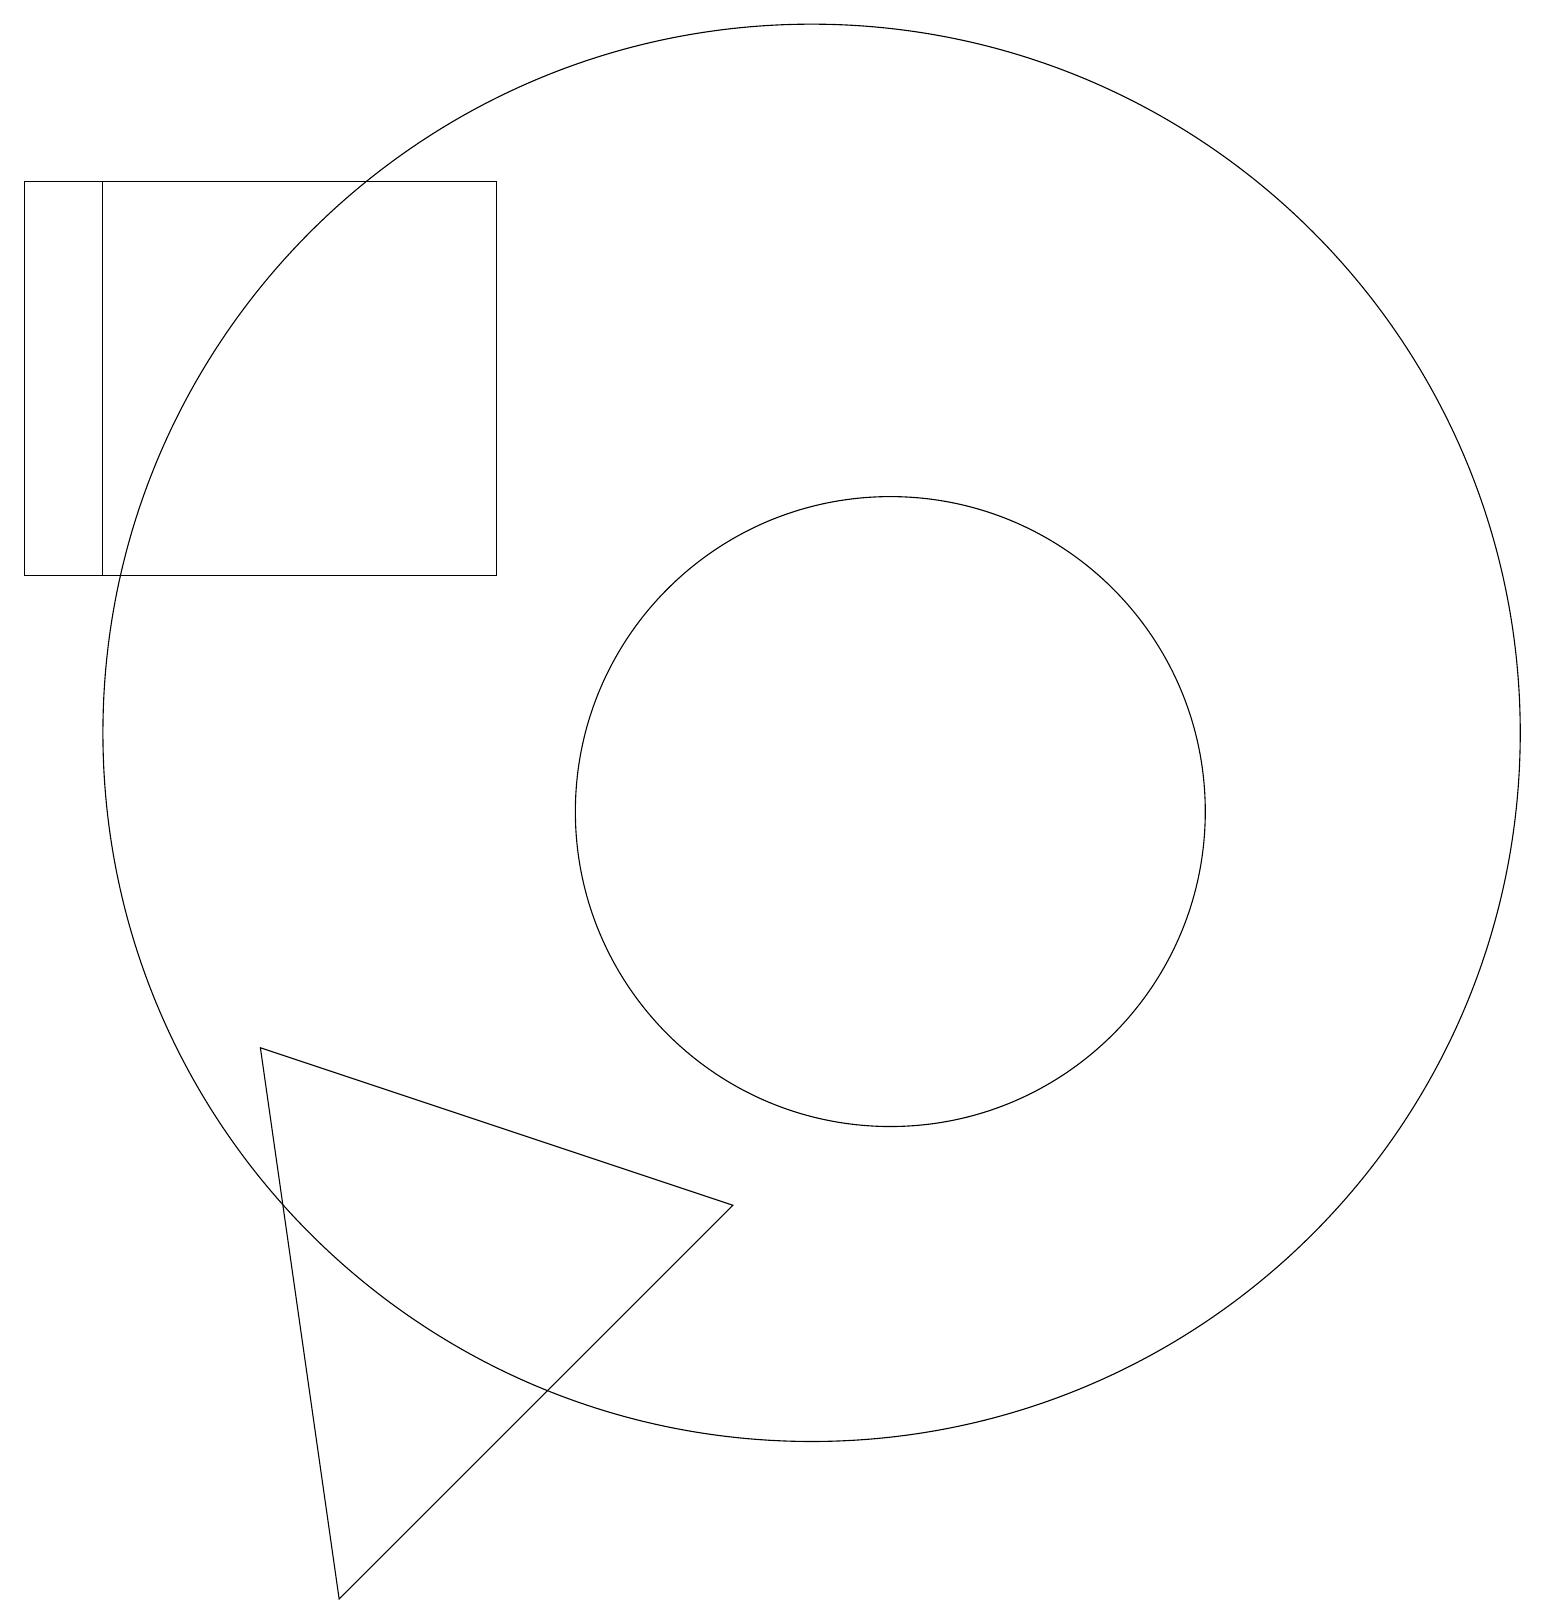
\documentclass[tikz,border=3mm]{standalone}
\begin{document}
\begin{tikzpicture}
\draw (4,0) -- (9,5) -- (3,7) -- cycle;
\draw (0,13) rectangle (1,18);
\draw (10,11) circle (9);
\draw (0,18) rectangle (6,13);
\draw (11,10) circle (4);
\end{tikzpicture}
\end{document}